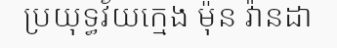
ប្រយុទ្ធវ័យក្មេង ម៉ុន វ៉ានដា